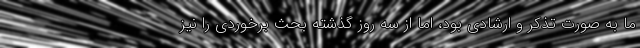
ما به صورت تذکر و ارشادی بود، اما از سه روز گذشته بحث برخوردی را نیز